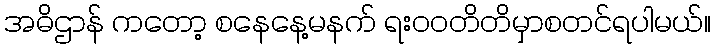
အဓိဌာန် ကတော့ စနေနေ့မနက် ရး၀၀တိတိမှာစတင်ရပါမယ်။